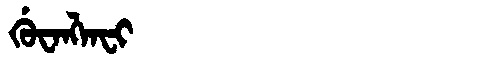
Manchu: ᡤᡠᠸᠠᠩᠯᠠᠸᡳ
Romanization: GUWANGLAFI